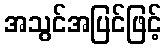
အသွင်အပြင်ဖြင့်